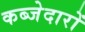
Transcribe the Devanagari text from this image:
कब्जेदारों